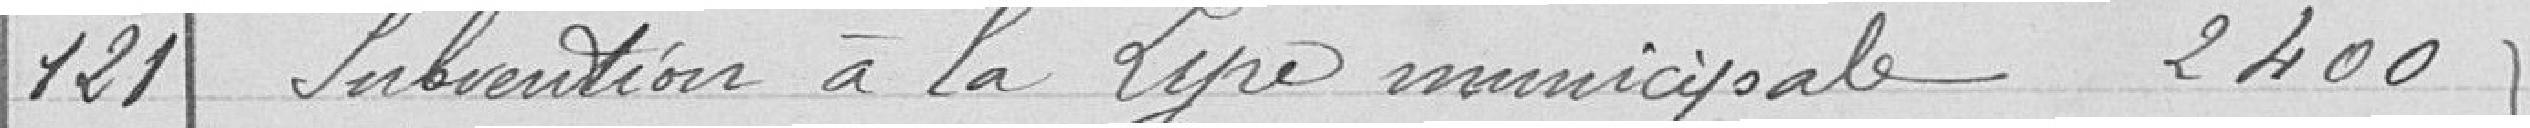
121 Subvention à la Lyre municipale 2 400